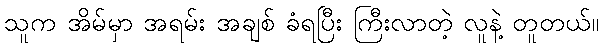
သူက အိမ်မှာ အရမ်း အချစ် ခံရပြီး ကြီးလာတဲ့ လူနဲ့ တူတယ်။